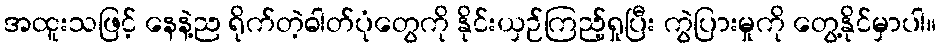
အထူးသဖြင့် နေနဲ့ည ရိုက်တဲ့ဓါတ်ပုံတွေကို နိုင်းယှဉ်ကြည့်ရှုပြီး ကွဲပြားမှုကို တွေ့နိုင်မှာပါ။